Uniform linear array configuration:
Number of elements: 48
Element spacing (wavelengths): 0.25
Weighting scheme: kaiser
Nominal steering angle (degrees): -30
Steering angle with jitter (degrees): -30.688
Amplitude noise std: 0.05
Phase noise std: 0.05

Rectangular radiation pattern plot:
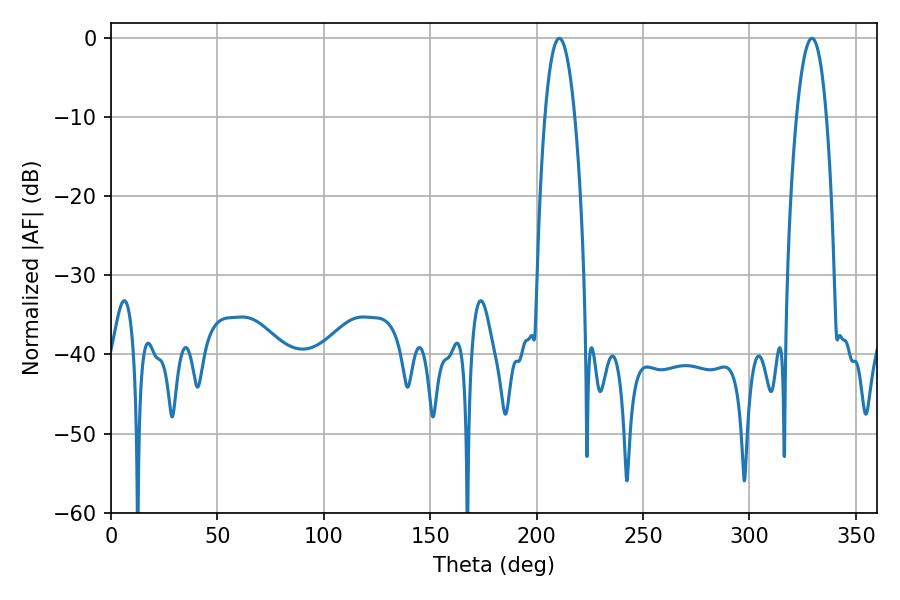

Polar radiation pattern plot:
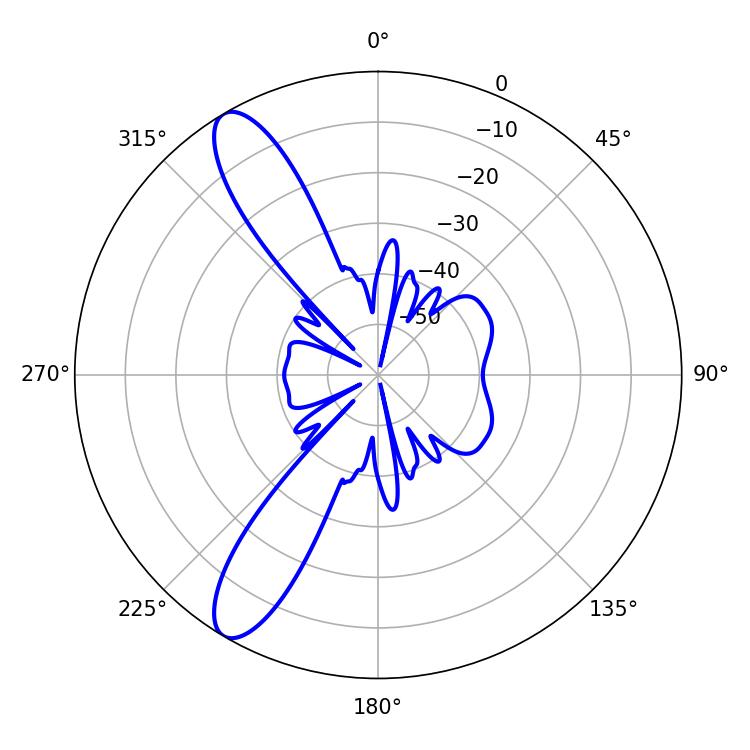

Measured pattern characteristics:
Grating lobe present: FALSE
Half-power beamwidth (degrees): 7.74
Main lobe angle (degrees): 210.6